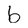
Character: b